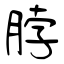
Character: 脖